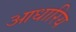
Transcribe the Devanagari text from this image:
आधारिय